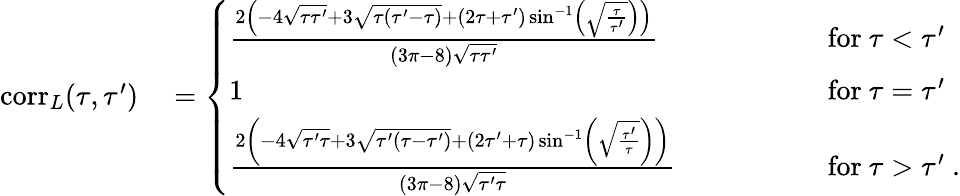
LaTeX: \begin{array}{rl}{\mathrm{corr}_{L}(\tau,\tau^{\prime})}&{{}=\left\{ \begin{array}{ll}{\frac{2\left(-4\sqrt{\tau\tau^{\prime}}+3\sqrt{\tau(\tau^{\prime}-\tau)}+(2\tau+\tau^{\prime})\sin^{-1}\left(\sqrt{\frac{\tau}{\tau^{\prime}}}\right)\right)}{(3\pi-8)\sqrt{\tau\tau^{\prime}}}\qquad\quad\, }&{\mathrm{for}\ \tau<\tau^{\prime}}\\ {1\quad\ \ \qquad\qquad\qquad\qquad\qquad\qquad\qquad\qquad\qquad\, }&{\mathrm{for}\ \tau=\tau^{\prime}}\\ {\frac{2\left(-4\sqrt{\tau^{\prime}\tau}+3\sqrt{\tau^{\prime}(\tau-\tau^{\prime})}+(2\tau^{\prime}+\tau)\sin^{-1}\left(\sqrt{\frac{\tau^{\prime}}{\tau}}\right)\right)}{(3\pi-8)\sqrt{\tau^{\prime}\tau}}\qquad}&{\mathrm{for}\ \tau>\tau^{\prime}\ .}\end{array}\right.}\end{array}